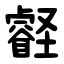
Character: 壡